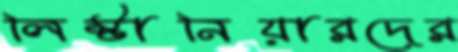
লিস্টানিয়ারদের